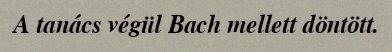
A tanács végül Bach mellett döntött.